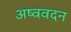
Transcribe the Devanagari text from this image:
अष्ववदन